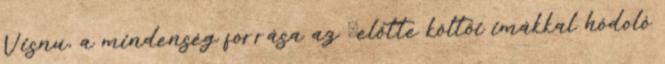
Visnu, a mindenség forrása az Őelőtte költői imákkal hódoló